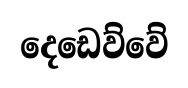
දෙඩෙව්වේ